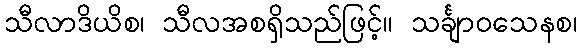
သီလာဒိယိစ၊ သီလအစရှိသည်ဖြင့်။ သင်္ချာဝသေနစ၊